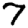
Digit: 7